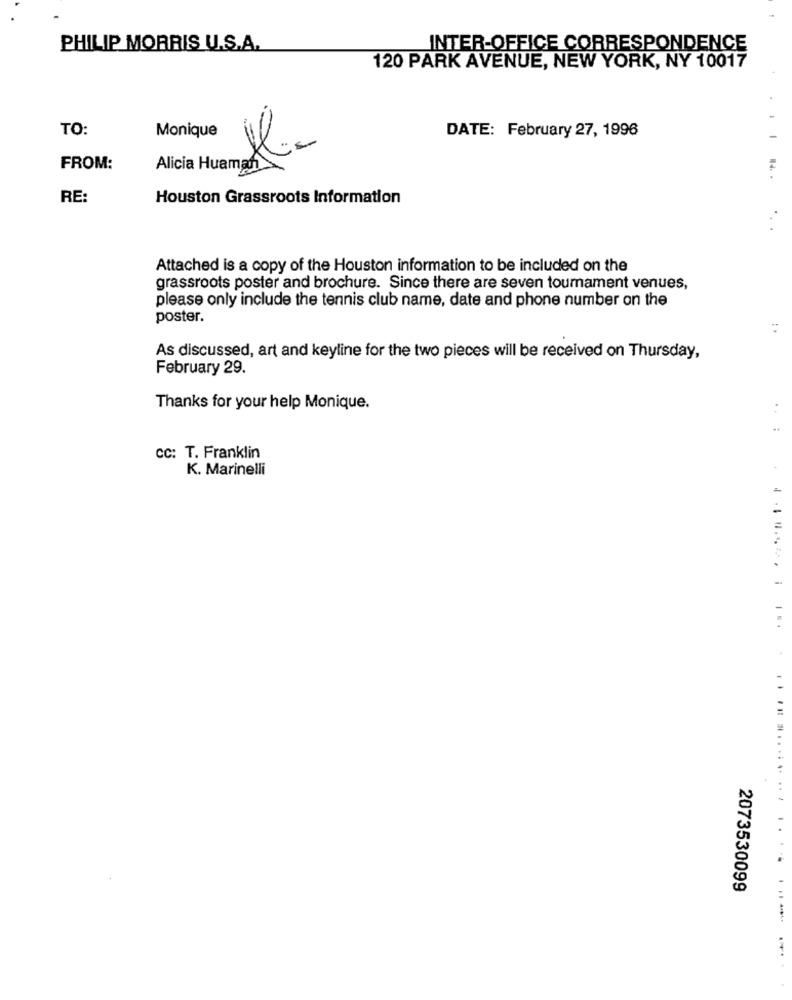
PHILIP MORRIS U.S.A.
INTER-OFFICE CORRESPONDENCE
120 PARK AVENUE, NEW YORK, NY 10017
TO:
Monique
DATE: February 27, 1996
FROM:
RE:
Houston Grassroots Information
..
Attached is a copy of the Houston information to be included on the
grassroots poster and brochure. Since there are seven tournament venues,
please only include the tennis club name, date and phone number on the
poster.
As discussed, art and keyline for the two pieces will be received on Thursday,
February 29.
Thanks for your help Monique.
..
CC: T. Franklin
K. Marinelli
2073530099